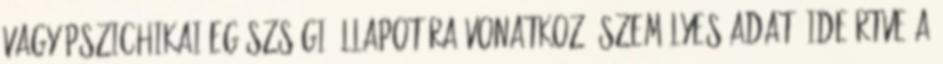
vagy pszichikai egészségi állapotára vonatkozó személyes adat, ideértve a